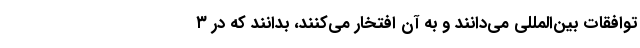
توافقات بین‌المللی می‌دانند و به آن افتخار می‌کنند، بدانند که در ۳